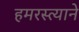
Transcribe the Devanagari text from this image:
हमरस्त्याने